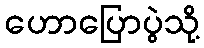
ဟောပြောပွဲသို့